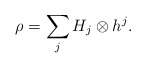
\begin{align*}\rho=\sum_{j} H_{j} \otimes h^{j}.\end{align*}